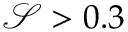
\mathcal { S } > 0 . 3